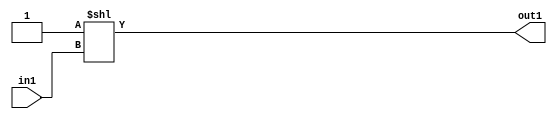
`timescale 1ps / 1ps
/*****************************************************************************
    Verilog RTL Description
    
    Generated at: 23:44:45 EST (-0500), Monday 16 November 2020
    Generated on: zhang-x1.ece.cornell.edu
    Generated by: jl3952 (Jie Liu)
    
    Created by: Stratus DpOpt 2017.1.02 
    Copyright (c) 2014-2015 Cadence Design Systems. All rights reserved worldwide.
    
    Cadence Design Systems proprietary and confidential
    ===================================================
    
    May contain information that incorporates Cadence Design Systems CellMath
    and other inventions claimed in Pending U.S. Patents.
    
    May contain Cadence Design Systems Trade Secrets of which use, disclosure or
    reproduction is contractually restricted or prohibited.  For more
    information, contact your legal department before any use, disclosure or
    reproduction.
*******************************************************************************/

module dut_DECODE_4U_3_4 (
	in1,
	out1
	); /* architecture "behavioural" */ 
input [1:0] in1;
output [3:0] out1;
wire [3:0] asc001;

assign asc001 = 4'B0001 << in1;

assign out1 = asc001;
endmodule

/* CADENCE  urb1Tgw= : u9/ySgnYtBlWxVDRUQkU4ug= ** DO NOT EDIT THIS LINE ******/